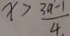
x > \frac { 3 a - 1 } { 4 . }